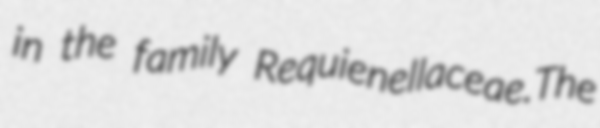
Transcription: in the family Requienellaceae.The